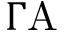
\Gamma \mathrm { A }